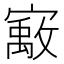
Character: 𰍞